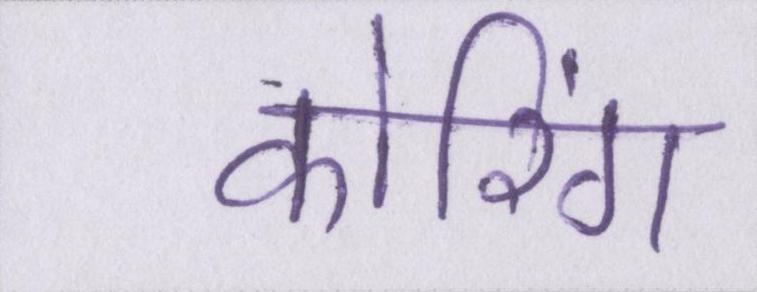
कोरिंग